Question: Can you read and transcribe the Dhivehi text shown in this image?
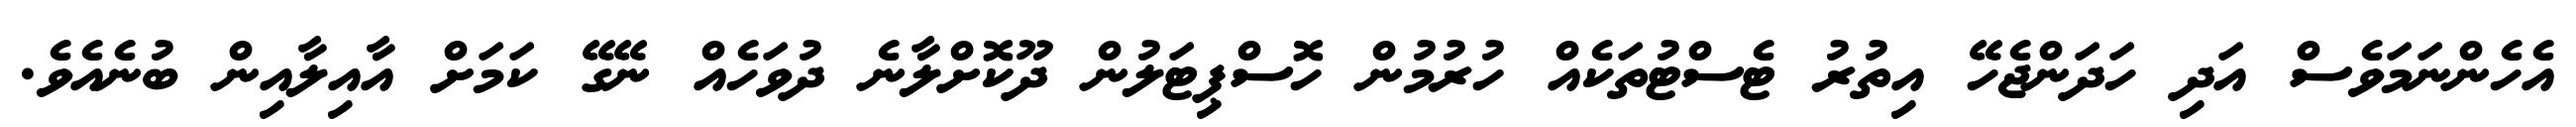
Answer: އެހެންނަމަވެސް އަދި ހަދަންޖެހޭ އިތުރު ޓެސްޓުތަކެއް ހުރުމުން ހޮސްޕިޓަލުން ދޫކޮށްލާނެ ދުވަހެއް ނޭގޭ ކަމަށް އާއިލާއިން ބުނެއެވެ.